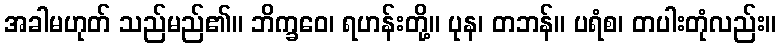
အခါမဟုတ် သည်မည်၏။ ဘိက္ခဝေ၊ ရဟန်းတို့။ ပုန၊ တဘန်။ ပရံစ၊ တပါးတုံလည်း။